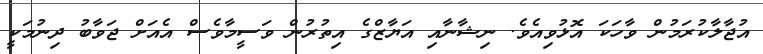
އުޖާލާކުރަމުން ވާހަކަ އޮޅުވިއެވެ. ނިޝާނާއި އަޔާޒްގެ އިތުރުން ވަސީމާވެސް އެއަށް ޖަވާބު ދިނުމަކީ